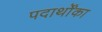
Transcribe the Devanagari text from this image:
पदार्थोंका